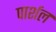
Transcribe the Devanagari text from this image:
पार्शल